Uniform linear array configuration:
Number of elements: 24
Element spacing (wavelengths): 0.25
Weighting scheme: hamming
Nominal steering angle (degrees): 0
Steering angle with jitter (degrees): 1.528
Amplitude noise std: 0.05
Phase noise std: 0.05

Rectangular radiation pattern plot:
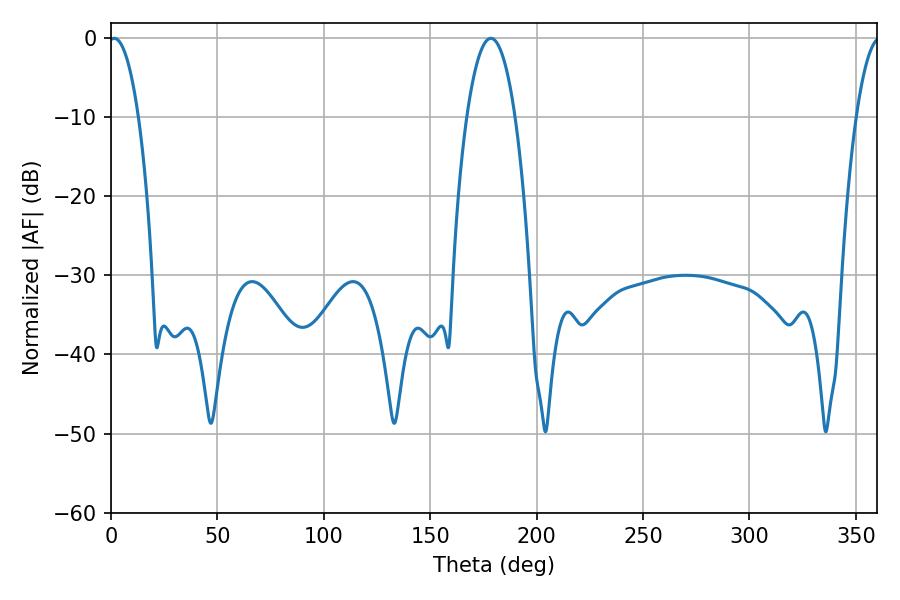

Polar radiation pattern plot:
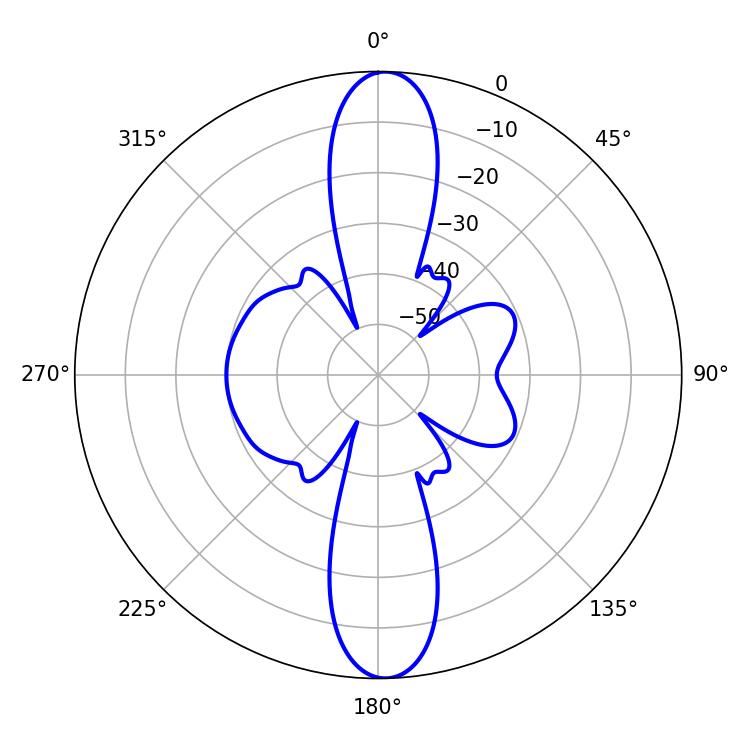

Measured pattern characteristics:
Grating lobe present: FALSE
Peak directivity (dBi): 22.303
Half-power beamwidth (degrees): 7.74
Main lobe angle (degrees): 1.44